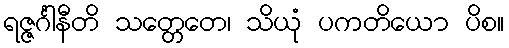
ရဇ္ဇင်္ဂါနီတိ သတ္တေတေ၊ သိယုံ ပကတိယော ပိစ။